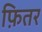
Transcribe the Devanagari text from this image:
फ़ितर